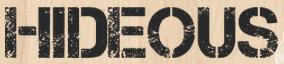
HIDEOUS